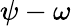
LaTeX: \psi-\omega